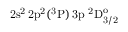
\mathrm { 2 s ^ { 2 } \, 2 p ^ { 2 } ( ^ { 3 } P ) \, 3 p ~ ^ { 2 } D _ { 3 / 2 } ^ { o } }